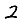
Digit: 2